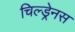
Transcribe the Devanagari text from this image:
चिल्ड्रेनस